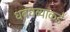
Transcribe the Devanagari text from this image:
धबधब्याकडे